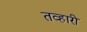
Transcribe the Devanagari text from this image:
तव्हारी